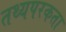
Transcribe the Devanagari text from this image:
तथ्यपरकता